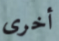
أخرى